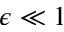
\epsilon \ll 1